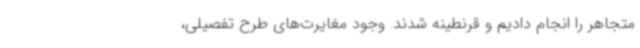
متجاهر را انجام دادیم و قرنطینه شدند. وجود مغایرت‌های طرح تفصیلی،